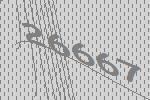
26667